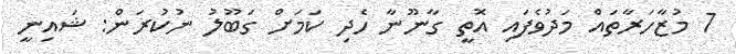
7 މުޒާހަރާތައް މަދުވެފައި އޮތީ ގާނޫނާ ހެދި ކަމަށް ގަބޫލު ނުކުރަން: ޝައިނީ